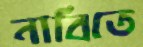
নাবিতে